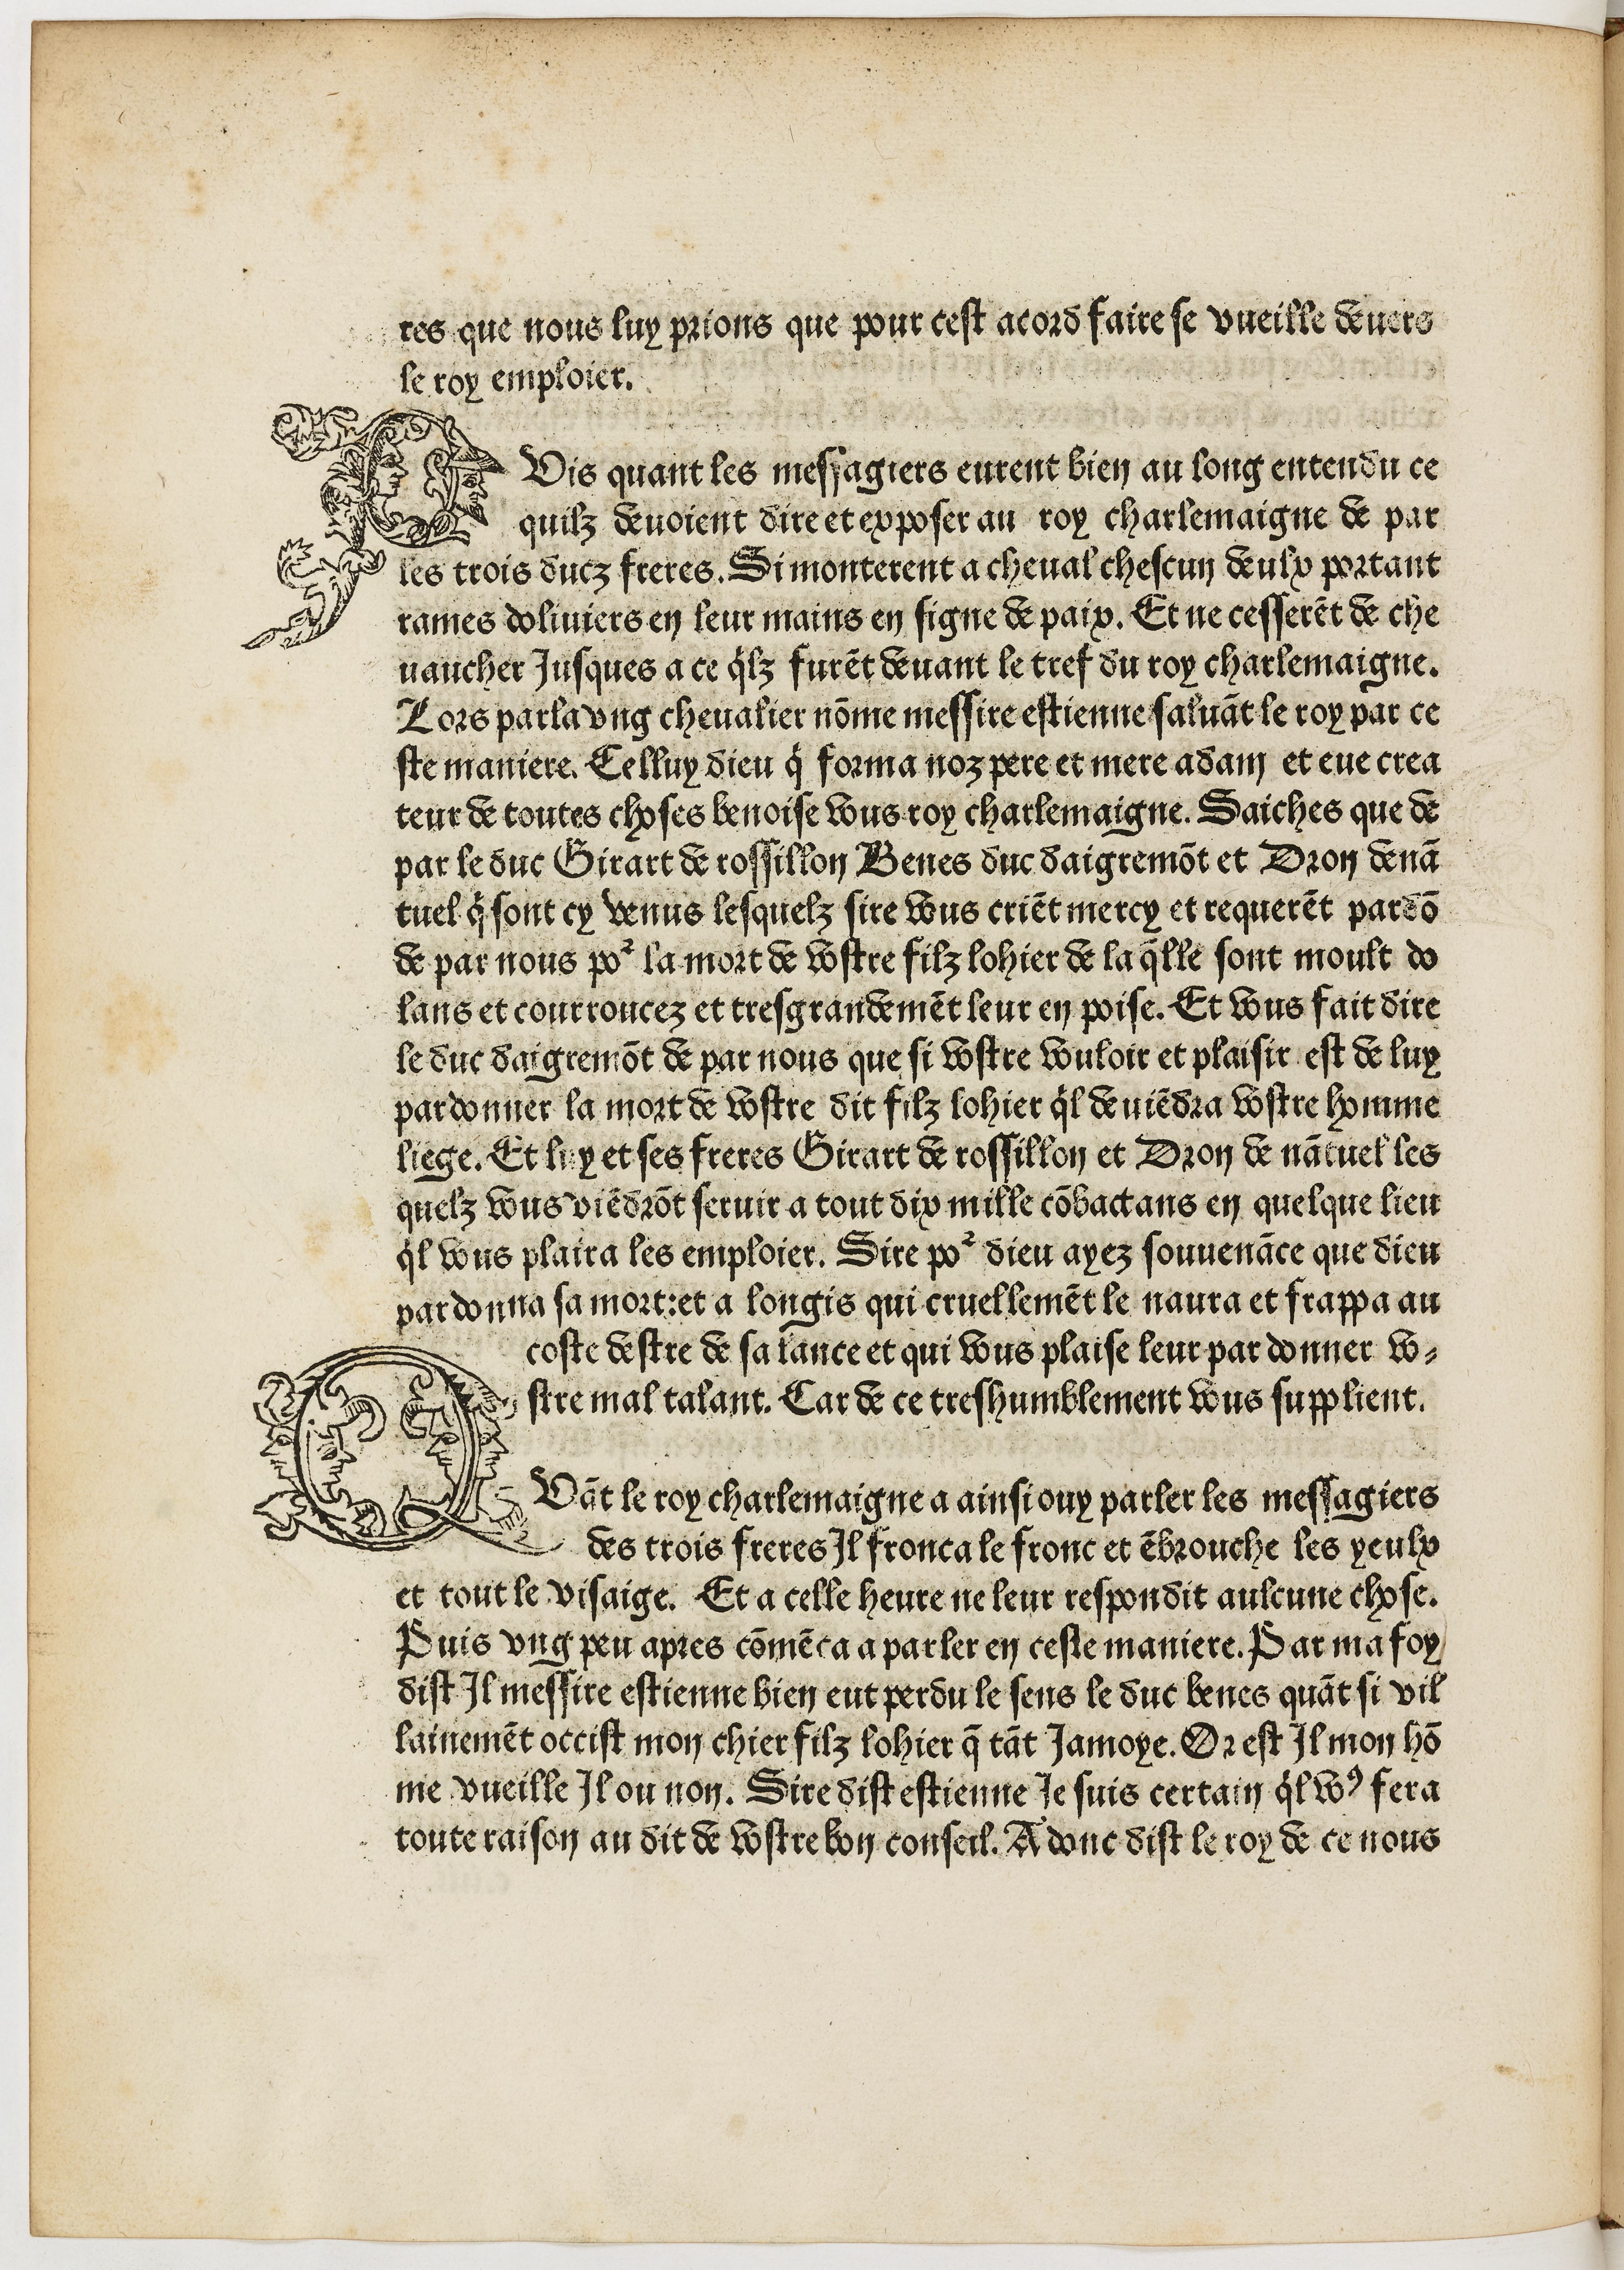
Shelfmark: Paris, BnF, Rés. Y2-364
Century: 15